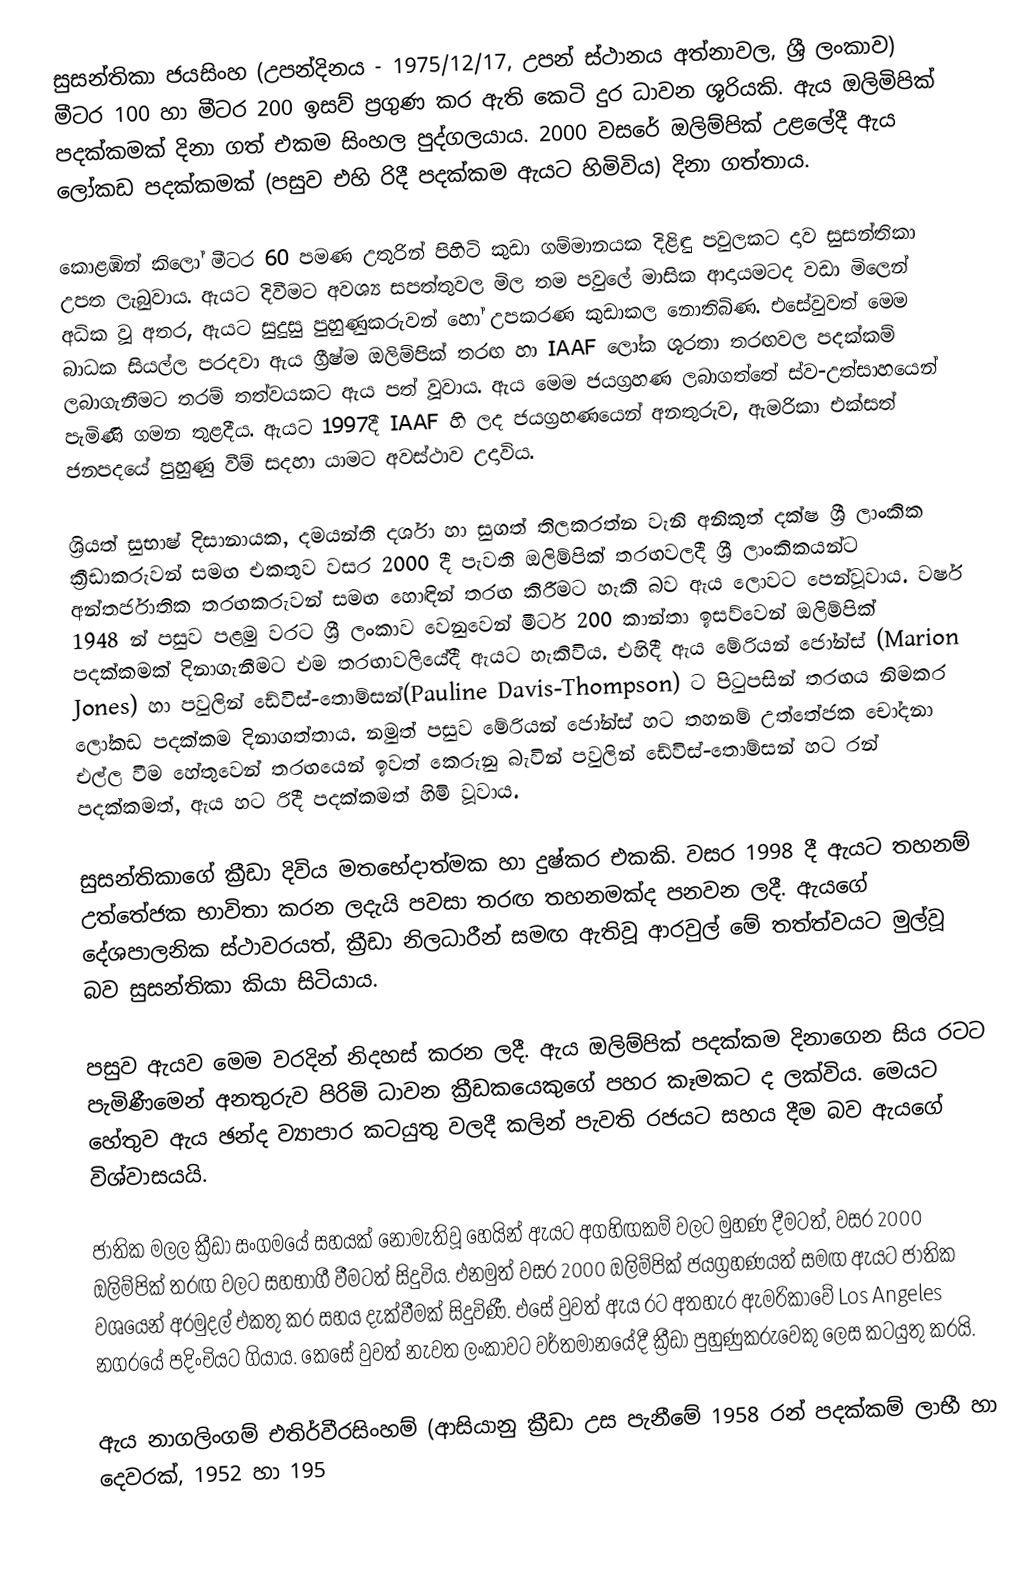
සුසන්තිකා ජයසිංහ (උපන්දිනය - 1975/12/17, උපන් ස්ථානය අත්නාවල, ශ්‍රී ලංකාව) මීටර 100 හා මීටර 200 ඉසව් ප්‍රගුණ කර ඇති කෙටි දුර ධාවන ශූරියකි. ඇය ඔලිමිපික් පදක්කමක් දිනා ගත් එකම සිංහල පුද්ගලයාය. 2000 වසරේ ඔලිම්පික් උළලේදී ඇය ලෝකඩ පදක්කමක් (පසුව එහි රිදී පදක්කම ඇයට හිමිවිය) දිනා ගත්තාය.

කොළඹින් කිලෝ මීටර 60 පමණ උතුරින් පිහිටි කුඩා ගම්මානයක දිළිඳු පවුලකට දාව සුසන්තිකා උපත ලැබුවාය. ඇයට දිවීමට අවශ්‍ය සපත්තුවල මිල තම පවුලේ මාසික ආදායමටද වඩා මිලෙන් අධික වූ අතර, ඇයට සුදුසු පුහුණුකරුවන් හෝ උපකරණ කුඩාකල නොතිබිණ. එසේවුවත් මෙම බාධක සියල්ල පරදවා ඇය ග්‍රීෂ්ම ඔලිම්පික් තරඟ හා IAAF ලෝක ශූරතා තරඟවල පදක්කම් ලබාගැනීමට තරම් තත්වයකට ඇය පත් වූවාය. ඇය මෙම ජයග්‍රහණ ලබාගත්තේ ස්ව-උත්සාහයෙන් පැමිණි ගමන තුළදීය. ඇයට 1997දී  IAAF හි ලද ජයග්‍රහණයෙන් අනතුරුව, ඇමරිකා එක්සත් ජනපදයේ පුහුණු වීම් සදහා යාමට අවස්ථාව උදාවිය.

ශ්‍රියත් සුභාෂ් දිසානායක, දමයන්ති දර්ශා හා සුගත් තිලකරත්න වැනි අනිකුත් දක්ෂ ශ්‍රී ලාංකික  ක්‍රීඩාකරුවන් සමඟ එකතුව වසර 2000 දී පැවති ඔලිම්පික් තරඟවලදී ශ්‍රී ලාංකිකයන්ට අන්තර්ජාතික තරඟකරුවන් සමඟ හොඳින් තරඟ කිරීමට හැකි බව ඇය ලොවට පෙන්වූවාය. වර්ෂ 1948 න්  පසුව පළමු වරට ශ්‍රී ලංකාව වෙනුවෙන් මීටර් 200 කාන්තා ඉසව්වෙන්  ඔලිම්පික් පදක්කමක් දිනාගැනීමට එම තරඟාවලියේදී  ඇයට හැකිවිය. එහිදී ඇය මේරියන් ජෝන්ස් (Marion Jones) හා පවුලින් ඩේවිස්-තොම්සන්(Pauline Davis-Thompson) ට පිටුපසින් තරඟය නිමකර ලෝකඩ පදක්කම දිනාගත්තාය. නමුත් පසුව මේරියන් ජෝන්ස් හට තහනම් උත්තේජක චෝදනා එල්ල වීම හේතුවෙන් තරඟයෙන් ඉවත් කෙරුනු බැවින් පවුලින් ඩේවිස්-තොම්සන් හට රන් පදක්කමත්, ඇය හට රිදී පදක්කමත් හිමි වූවාය.

සුසන්තිකාගේ ක්‍රීඩා දිවිය මතභේදාත්මක හා දුෂ්කර එකකි. වසර 1998 දී ඇයට තහනම් උත්තේජක භාවිතා කරන ලදැයි පවසා තරඟ තහනමක්ද පනවන ලදී. ඇයගේ දේශපාලනික ස්ථාවරයත්, ක්‍රීඩා නිලධාරීන් සමඟ ඇතිවූ ආරවුල් මේ තත්ත්වයට මුල්වූ බව සුසන්තිකා කියා සිටියාය.

පසුව ඇයව මෙම වරදින් නිදහස් කරන ලදී. ඇය ඔලිම්පික් පදක්කම දිනාගෙන සිය රටට පැමිණීමෙන් අනතුරුව පිරිමි ධාවන ක්‍රීඩකයෙකුගේ පහර කෑමකට ද ලක්විය. මෙයට හේතුව ඇය ඡන්ද ව්‍යාපාර කටයුතු වලදී කලින් පැවති රජයට  සහය දීම බව ඇයගේ විශ්වාසයයි.

ජාතික මලල ක්‍රීඩා සංගමයේ සහයක් නොමැතිවූ හෙයින් ඇයට අගහිඟකම් වලට මුහණ දීමටත්, වසර 2000 ඔලිම්පික් තරඟ වලට සහභාගී වීමටත් සිදුවිය. එනමුත් වසර 2000 ඔලිම්පික් ජයග්‍රහණ‍යත් සමඟ ඇයට ජාතික වශයෙන් අරමුදල් එකතු කර සහය දැක්වීමක් සිදුවිණී. එසේ වුවත් ඇය රට අතහැර ඇමරිකාවේ Los Angeles නගරයේ පදිංචියට ගියාය. කෙසේ වුවත් නැවත ලංකාවට වර්තමානයේදී ක්‍රීඩා පුහුණුකරුවෙකු ලෙස කටයුතු කරයි.

ඇය නාගලිංගම් එතිර්වීරසිංහම් (ආසියානු ක්‍රීඩා උස පැනීමේ 1958 රන් පදක්කම් ලාභී හා දෙවරක්, 1952 හා 195